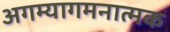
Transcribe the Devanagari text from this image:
अगम्यागमनात्मक